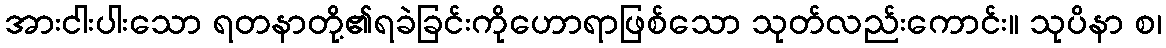
အားငါးပါးသော ရတနာတို့၏ရခဲခြင်းကိုဟောရာဖြစ်သော သုတ်လည်းကောင်း။ သုပိနာ စ၊